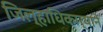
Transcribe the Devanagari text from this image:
जिल्हाधिकार्याने